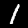
Digit: 1